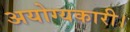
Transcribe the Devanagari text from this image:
अयोग्यकारी।